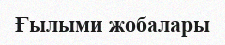
Ғылыми жобалары